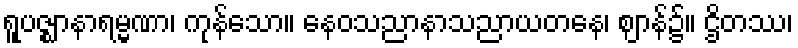
ရူပဇ္ဈာနာရမ္မဏာ၊ ကုန်သော။ နေဝသညာနာသညာယတနေ၊ ဈာန်၌။ ဌိတဿ၊